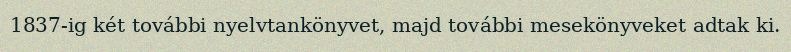
1837-ig két további nyelvtankönyvet, majd további mesekönyveket adtak ki.